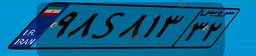
۸۵S۱۹۱۱۶